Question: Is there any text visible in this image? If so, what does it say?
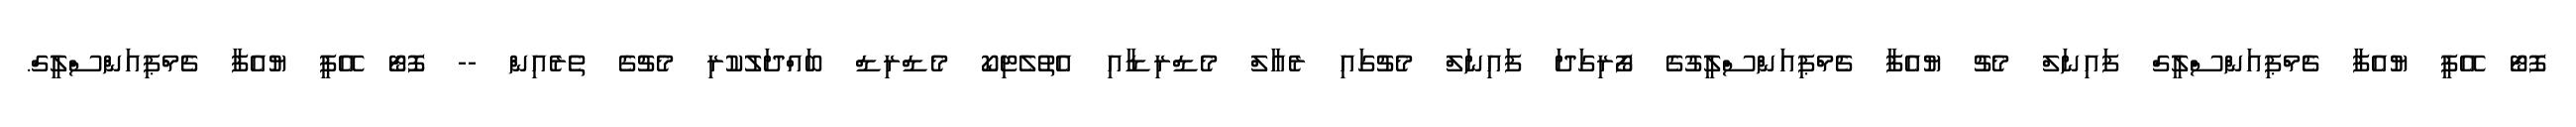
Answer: ފޮޓޯ އޭޕީ ޔުއެފާ ޗެމްޕިއަންސްލީގް ފައިނަލް މެޗު ޔުއެފާ ޗެމްޕިއަންސްލީގުގެ ފޯރިގަދަ ފައިނަލް މެޗުގައި ރެއާލް މެޑްރިޑާއި އެތުލެޓިކޯ މެޑްރިޑް ބައްދަލުކުރި މެޗުގެ ތެރެއިން -- ފޮޓޯ އޭޕީ ޔުއެފާ ޗެމްޕިއަންސްލީގް.